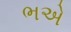
ભએ